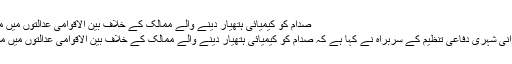
صدام کو کیمیائی ہتھیار دینے والے ممالک کے خلاف بین الاقوامی عدالتوں میں مقدمہ چلنا چاہئے
شیعت نیوز : ایرانی شہری دفاعی تنظیم کے سربراہ نے کہا ہے کہ صدام کو کیمیائی ہتھیار دینے والے ممالک کے خلاف بین الاقوامی عدالتوں میں مقدمہ چلنا چاہئے۔